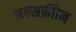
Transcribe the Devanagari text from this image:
अल्सफ्रीोन